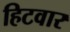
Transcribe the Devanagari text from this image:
हिटवार